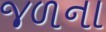
જળના